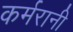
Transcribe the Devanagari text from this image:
कर्मरानी